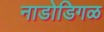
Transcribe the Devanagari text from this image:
नाडोडिगळ